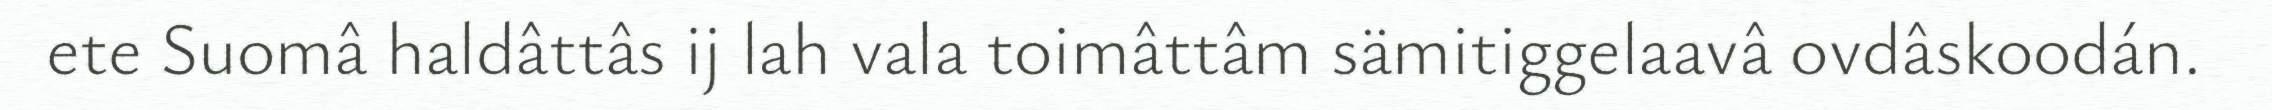
ete Suomâ haldâttâs ij lah vala toimâttâm sämitiggelaavâ ovdâskoodán.